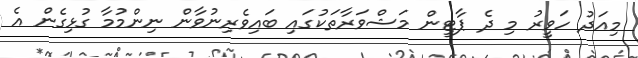
މިއަދު ހަވީރު މި ދެ ޕާޓީން މަޝްވަރާތަކުގައި ބައިވެރިނުވާން ނިންމުމާ ގުޅިގެން އެ